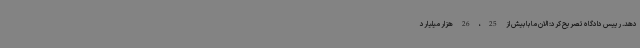
دهد. رییس دادگاه تصریح کرد: الان ما با بیش از 25، 26 هزار میلیارد